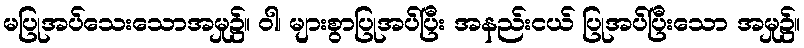
မပြုအပ်သေးသောအမှု၌။ ဝါ၊ များစွာပြုအပ်ပြီး အနည်းငယ် ပြုအပ်ပြီးသော အမှု၌။